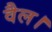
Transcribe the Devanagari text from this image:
वैल।